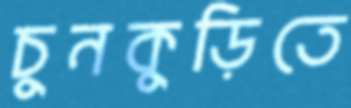
চুনকুড়িতে